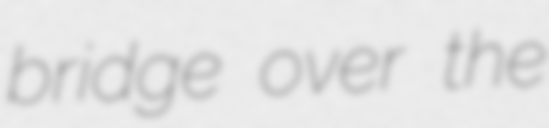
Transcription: bridge over the